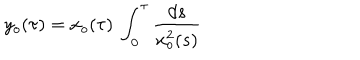
y _ { o } ( \tau ) = x _ { o } ( \tau ) \ \int _ { 0 } ^ { \tau } { \frac { d s } { x _ { o } ^ { 2 } ( s ) } }